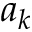
a _ { k }